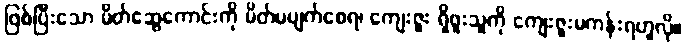
ဖြစ်ပြီးသော မိတ်ဆွေကောင်းကို မိတ်မပျက်စေရ၊ ကျေးဇူး ရှိဖူးသူကို ကျေးဇူးမကန်းရဟူလို။